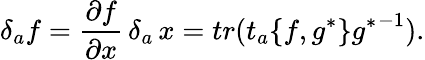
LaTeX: \delta_{a}f=\frac{\partial f}{\partial x}\, \delta_{a}\, x=tr(t_{a}\{ f,g^{*}\} {g^{*}}^{-1}).